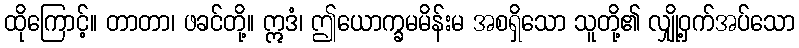
ထိုကြောင့်။ တာတာ၊ ဖခင်တို့။ ဣဒံ၊ ဤယောက္ခမမိန်းမ အစရှိသော သူတို့၏ လျှို့ဝှက်အပ်သော